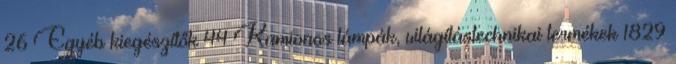
26 Egyéb kiegészítők 44 Kamionos lámpák, világítástechnikai termékek 1829